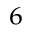
^ { 6 }